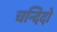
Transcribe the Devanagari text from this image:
चन्दिदो